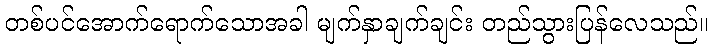
တစ်ပင်အောက်ရောက်သောအခါ မျက်နှာချက်ချင်း တည်သွားပြန်လေသည်။